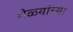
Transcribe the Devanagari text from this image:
शेळ्यांच्या